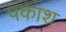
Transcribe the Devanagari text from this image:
पकाश